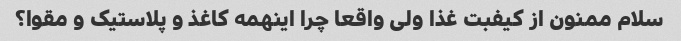
سلام ممنون از کیفبت غذا ولی واقعا چرا اینهمه کاغذ و پلاستیک و مقوا؟